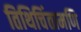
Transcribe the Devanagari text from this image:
तिथिचिंतामणि